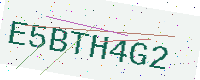
Text: E5BTH4G2